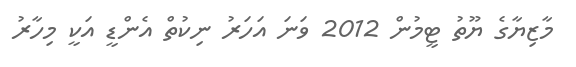
މާޒިޔާގެ ޔޫތު ޓީމުން 2012 ވަނަ އަހަރު ނިކުތް އެންޑީ އަކީ މިހާރު